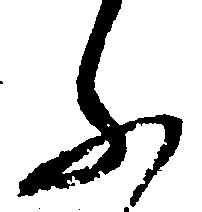
ふ